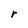
Character: r